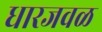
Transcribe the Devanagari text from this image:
धारजवळ